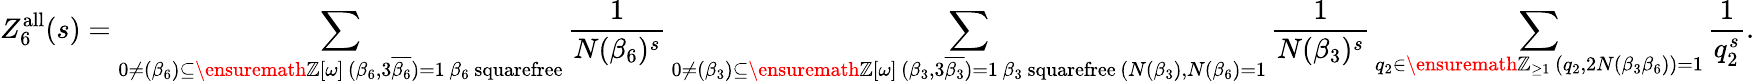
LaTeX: Z_{6}^{\mathrm{all}}(s)=\sum_{\substack{0\neq(\beta_{6})\subseteq\ensuremath{\mathbb Z}[\omega]\, (\beta_{6},3\overline{{\beta_{6}}})=1\, \beta_{6}\mathrm{~squarefree}}}\frac{1}{N(\beta_{6})^{s}}\sum_{\substack{0\neq(\beta_{3})\subseteq\ensuremath{\mathbb Z}[\omega]\, (\beta_{3},3\overline{{\beta_{3}}})=1\, \beta_{3}\mathrm{~squarefree}\, (N(\beta_{3}),N(\beta_{6})=1}}\frac{1}{N(\beta_{3})^{s}}\sum_{\substack{q_{2}\in\ensuremath{\mathbb Z}_{\geq 1}\, (q_{2},2N(\beta_{3}\beta_{6}))=1}}\frac{1}{q_{2}^{s}}.